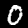
Label: 0